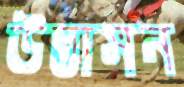
উদ্ভাসন